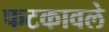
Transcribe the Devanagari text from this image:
फटकावले